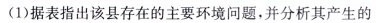
(1)据表指出该县存在的主要环境问题，并分析其产生的